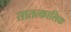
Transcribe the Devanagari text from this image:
तातत्कालिक